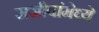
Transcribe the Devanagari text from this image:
सजीवांमेध्ये